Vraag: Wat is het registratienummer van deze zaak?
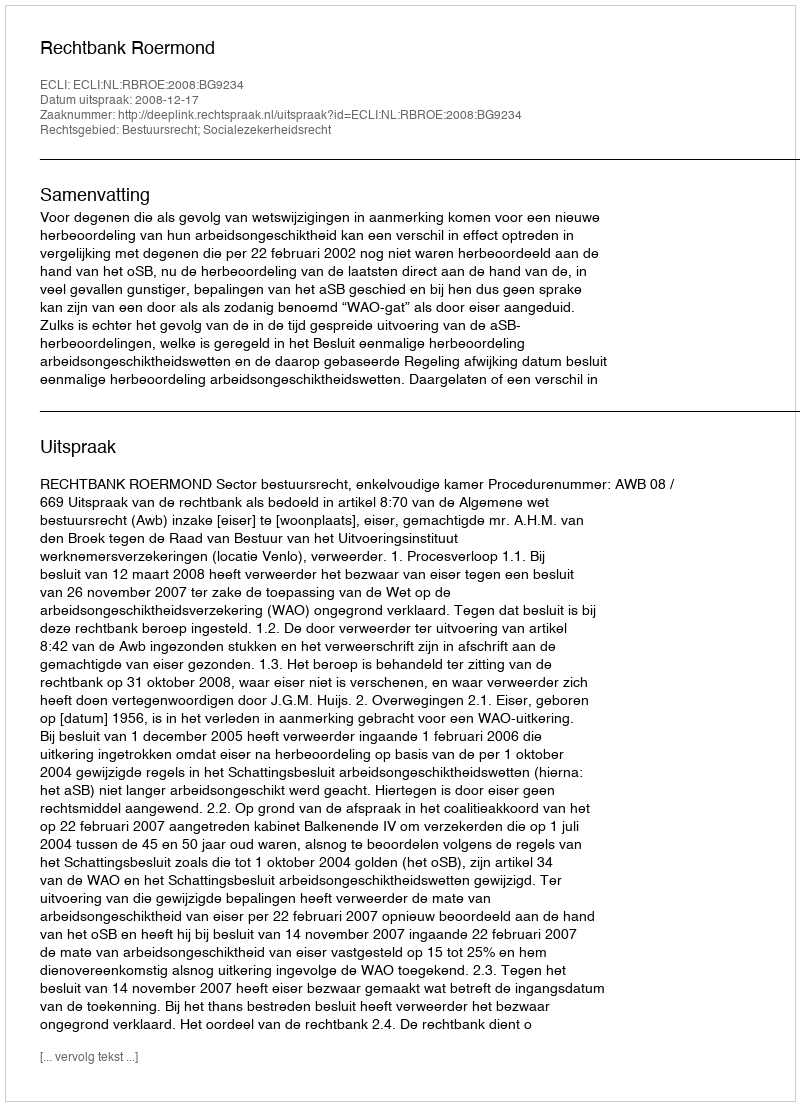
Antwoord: http://deeplink.rechtspraak.nl/uitspraak?id=ECLI:NL:RBROE:2008:BG9234